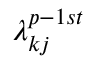
\lambda _ { k j } ^ { p - 1 s t }